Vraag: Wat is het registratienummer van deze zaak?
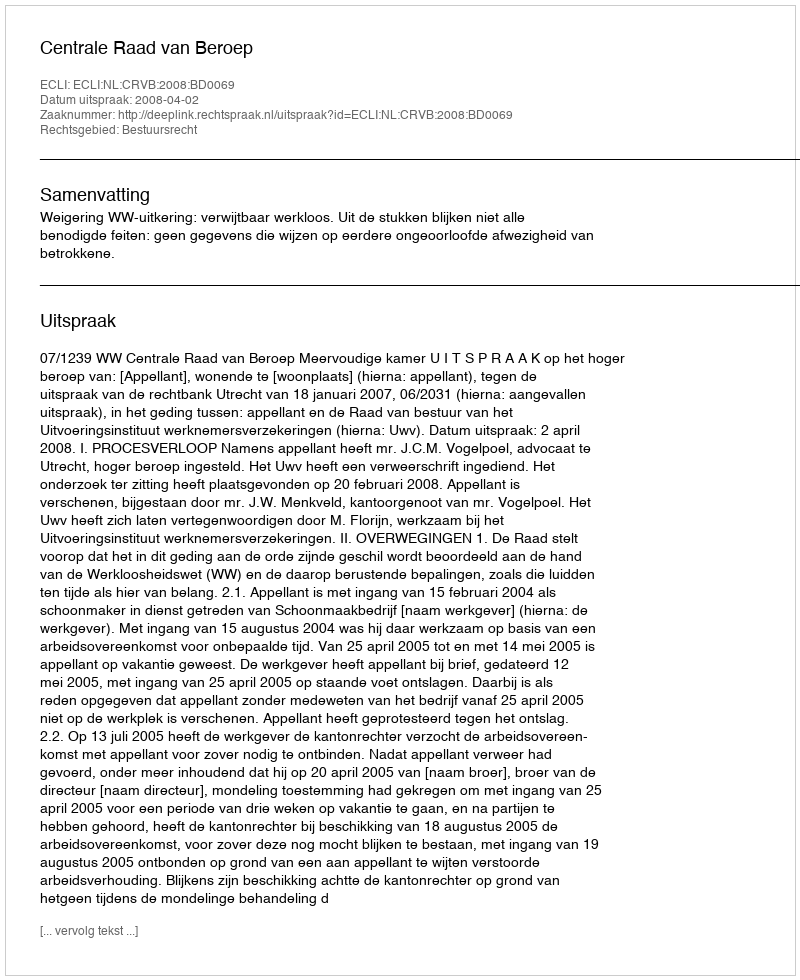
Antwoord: http://deeplink.rechtspraak.nl/uitspraak?id=ECLI:NL:CRVB:2008:BD0069